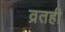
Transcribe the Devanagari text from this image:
व्रतही